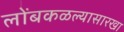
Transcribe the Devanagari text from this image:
लोंबकळल्यासारखा